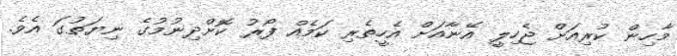
މާހިން ކުރިއަށް ޖެހިލީ އޭނާއަށް އެހީތެރި ކަމެއް ފޯރު ކޮށްދިނުމުގެ ނިޔަތުގަ އެވެ.